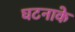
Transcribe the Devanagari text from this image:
घटनाके